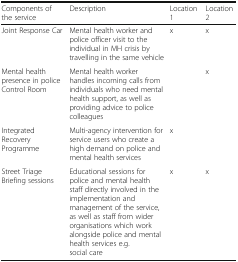
| Components of the service | Description | Location 1 | Location 2 |
 | --- | --- | --- | --- |
 | Joint Response Car | Mental health worker and police officer visit to the individual in MH crisis by travelling in the same vehicle | x | x |
 | Mental health presence in police Control Room | Mental health worker handles incoming calls from individuals who need mental health support, as well as providing advice to police colleagues |  | x |
 | Integrated Recovery Programme | Multi-agency intervention for service users who create a high demand on police and mental health services | x |  |
 | Street Triage Briefing sessions | Educational sessions for police and mental health staff directly involved in the implementation and management of the service, as well as staff from wider organisations which work alongside police and mental health services e.g. social care | x | x |